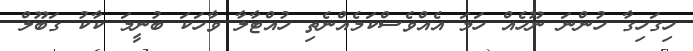
ހިގަހިގާ ހުންނަ ނޫހެއް ހަމަ އެއްވެސްކަމެއްނެތި ހުއްޓާލާ ވާހަކަ ބުނީމަ ކާކު ގަބޫލް